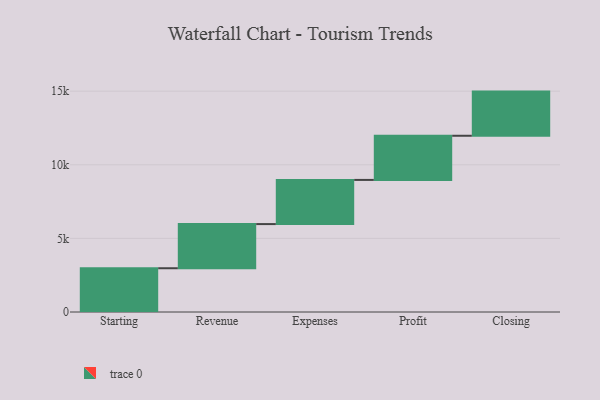
{"axis": {"x": "Step", "y": "Value"}, "legend": [""], "data": [{"x": "Starting", "y": 2973.0, "type": ""}, {"x": "Revenue", "y": 3000, "type": ""}, {"x": "Expenses", "y": 3000, "type": ""}, {"x": "Profit", "y": 3000, "type": ""}, {"x": "Closing", "y": 3000, "type": ""}]}